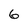
Character: 6